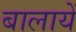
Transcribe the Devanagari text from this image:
बालायें